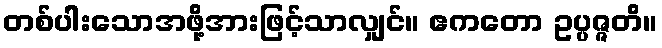
တစ်ပါးသောအဖို့အားဖြင့်သာလျှင်။ ဧကတော ဥပ္ပဇ္ဇတိ။